Problem: 11 + 21 = ?
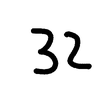
Handwritten answer: 32